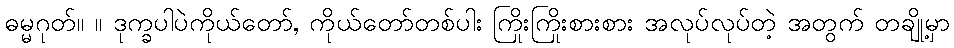
ဓမ္မဂုတ်။ ။ ဒုက္ခပါပဲကိုယ်တော်, ကိုယ်တော်တစ်ပါး ကြိုးကြိုးစားစား အလုပ်လုပ်တဲ့ အတွက် တချို့မှာ